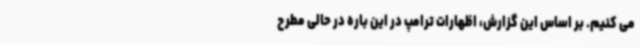
می کنیم. بر اساس این گزارش، اظهارات ترامپ در این باره در حالی مطرح